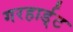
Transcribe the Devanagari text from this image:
गरहार्ड्‌ट